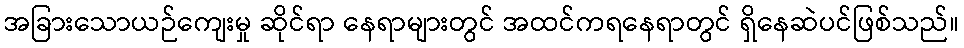
အခြားသောယဉ်ကျေးမှု ဆိုင်ရာ နေရာများတွင် အထင်ကရနေရာတွင် ရှိနေဆဲပင်ဖြစ်သည်။